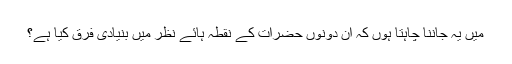
میں یہ جاننا چاہتا ہوں کہ ان دونوں حضرات کے نقطہ ہائے نظر میں بنیادی فرق کیا ہے؟